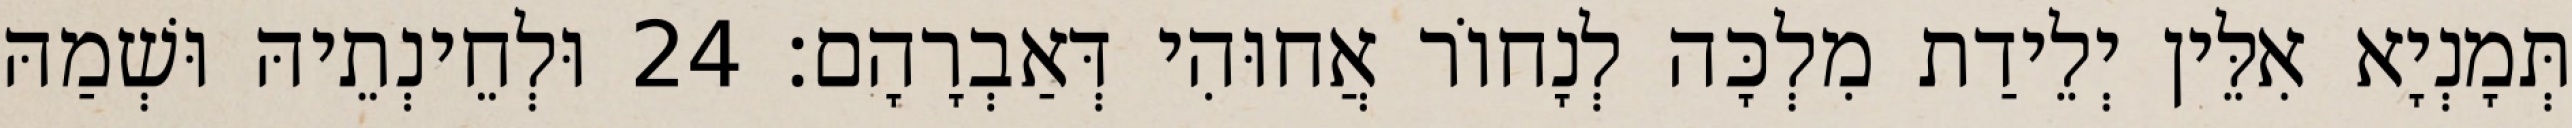
תְּמָנְיָא אִלֵּין יְלֵידַת מִלְכָּה לְנָחוֹר אֲחוּהִי דְּאַבְרָהָם׃ 24 וּלְחֵינְתֵיהּ וּשְׁמַהּ